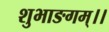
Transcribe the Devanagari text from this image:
शुभाङगम्।।